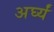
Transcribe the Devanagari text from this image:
अर्घ्यं